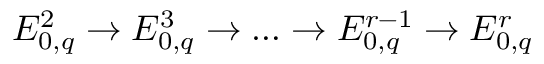
E _ { 0 , q } ^ { 2 } \to E _ { 0 , q } ^ { 3 } \to \dots \to E _ { 0 , q } ^ { r - 1 } \to E _ { 0 , q } ^ { r }